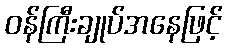
ဝန်ကြီးချုပ်အနေဖြင့်